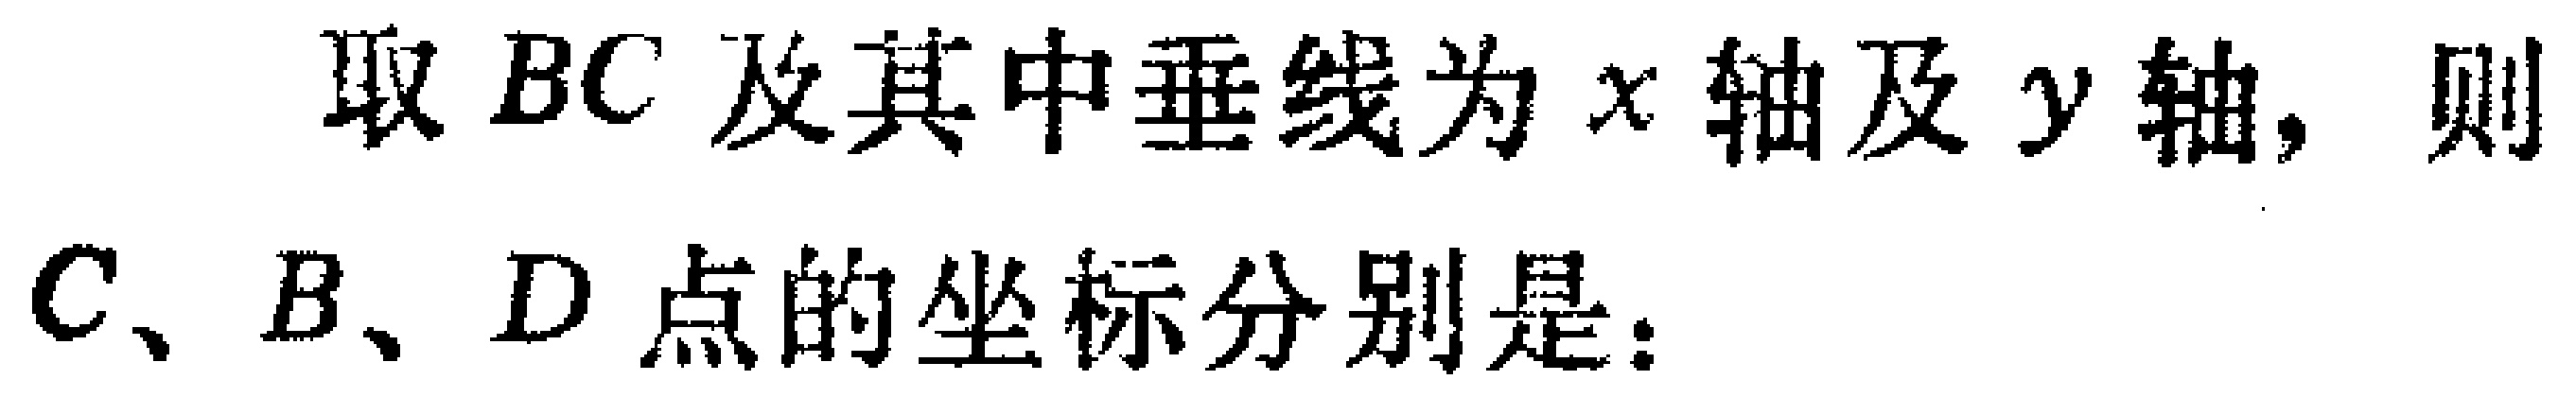
取 \(BC\) 及其中垂线为 \(x\) 轴及 \(y\) 轴，则\(C、B、D\) 点的坐标分别是：